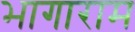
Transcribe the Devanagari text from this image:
भागाराम